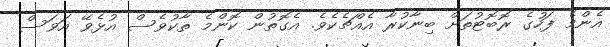
އެންމެ ފަހުގެ ރޮބޮޓުތަށް ބިނާކުރާ އެއްޗެކެވެ. އެގޮތުން ކޮންމެ ތާކުވެސް އުޅެވޭ އަވަސް